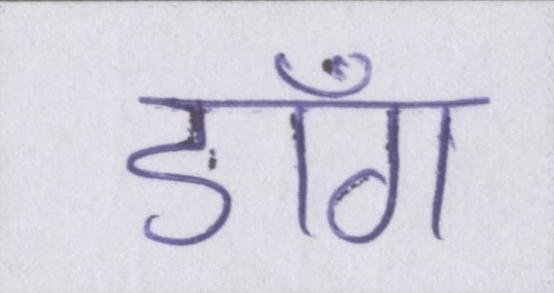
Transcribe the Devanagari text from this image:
डाँग